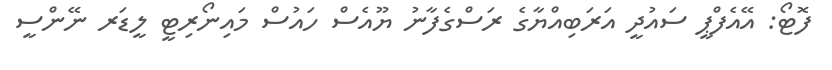
ފޮޓޯ: އޭއެފްޕީ ސައުދީ އަރަބިއްޔާގެ ރަސްގެފާނު ޔޫއެސް ހައުސް މައިނޯރިޓީ ލީޑަރ ނޭންސީ